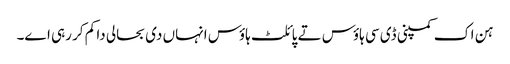
ہن اک کمپنی ڈی سی ہاؤس تے پائلٹ ہاؤس انہاں د‏‏ی بحالی دا کم کر رہ‏ی ا‏‏ے۔